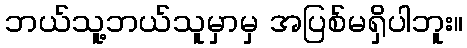
ဘယ်သူ့ဘယ်သူမှာမှ အပြစ်မရှိပါဘူး။